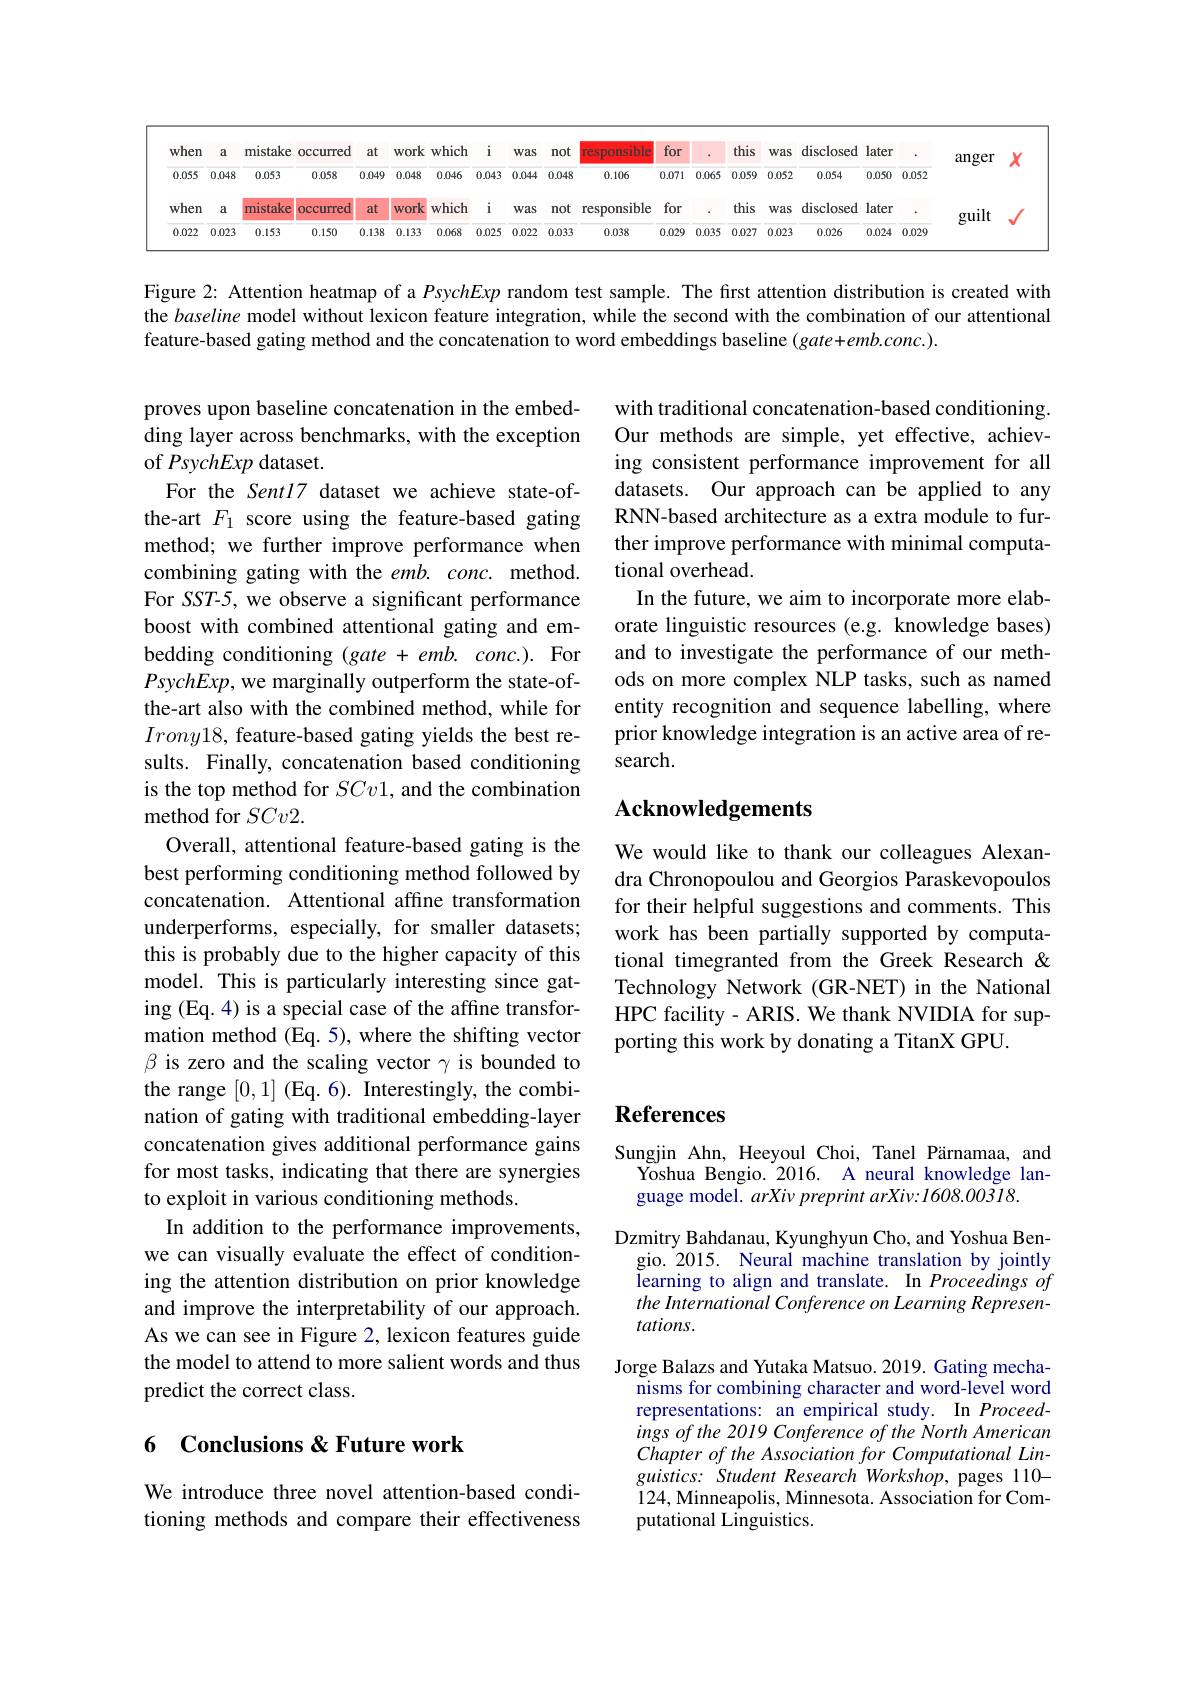
<table>
	<tbody>
		<tr>
			<th>when</th>
			<th>a</th>
			<th>mistake</th>
			<th>OCCUrred</th>
			<th>at</th>
			<th>work</th>
			<th>${:}\mathbf{h}$ i</th>
			<th>Wa</th>
			<th>ras $\Pi$</th>
			<th>responsible</th>
			<th>for</th>
			<th> </th>
			<th>ti</th>
			<th>Was</th>
			<th>disclosed</th>
			<th>later</th>
			<th> </th>
			<th>anger</th>
			<th> </th>
		</tr>
		<tr>
			<td>0.055</td>
			<td>0.048</td>
			<td>0.053</td>
			<td>0.058</td>
			<td>0.049</td>
			<td>0.048</td>
			<td>6 0.04</td>
			<td>13 0.04</td>
			<td>044 0.</td>
			<td>0.106</td>
			<td>0.071</td>
			<td>1 0.065</td>
			<td>.065 0</td>
			<td>0.052</td>
			<td>0.054 2</td>
			<td>0.050</td>
			<td>0.052</td>
			<td>V</td>
			<td> </td>
		</tr>
		<tr>
			<td>when</td>
			<td>a</td>
			<td>mistake</td>
			<td>OCCUrred</td>
			<td>at</td>
			<td>WOrk</td>
			<td>$:h$ i</td>
			<td>Wa</td>
			<td>ras п</td>
			<td>responsible</td>
			<td>for</td>
			<td> </td>
			<td>ti</td>
			<td>Was</td>
			<td>disclosed</td>
			<td>later</td>
			<td> </td>
			<td>guilt 1</td>
			<td> </td>
		</tr>
		<tr>
			<td>0.022</td>
			<td>0.023</td>
			<td>0.153</td>
			<td>0.150</td>
			<td>0.138</td>
			<td>0.133</td>
			<td>8 0.02</td>
			<td>25 0.02</td>
			<td>022 0.</td>
			<td>0.038</td>
			<td>0.029</td>
			<td>0.035 9</td>
			<td>.035 0</td>
			<td>0.023</td>
			<td>0.026</td>
			<td>0.024</td>
			<td>0.029</td>
			<td>$\textcircled{1}$ - .</td>
			<td> </td>
		</tr>
	</tbody>
</table>

Figure 2: Attention heatmap of a PsychExp random test sample. The first attention distribution is created with the baseline model without lexicon feature integration, while the second with the combination of our attentional feature-based gating method and the concatenation to word embeddings baseline $(gate+emb.conc.).$

with traditional concatenation-based conditioning. Our methods are simple, yet effective, achieving consistent performance improvement for all datasets. Our approach can be applied to any RNN-based architecture as a extra module to further improve performance with minimal computational overhead.
In the future, we aim to incorporate more elaborate linguistic resources (e.g. knowledge bases) and to investigate the performance of our methods on more complex NLP tasks, such as named entity recognition and sequence labelling, where prior knowledge integration is an active area of research.

## Acknowledgements

proves upon baseline concatenation in the embedding layer across benchmarks, with the exception of PsychExp dataset.
For the Sentl7 dataset we achieve state-ofthe-art $F_1$ score using the feature-based gating method; we further improve performance when combining gating with the $emb.conc.$ method. For SST-5, we observe a significant performance boost with combined attentional gating and embedding conditioning (gate + emb. conc.). For PsychExp, we marginally outperform the state-ofthe-art also with the combined method, while for $Irony18$, feature-based gating yields the best results. Finally, concatenation based conditioning is the top method for $SCv1$, and the combination method for $SCv2.$
Overall, attentional feature-based gating is the best performing conditioning method followed by concatenation. Attentional affine transformation underperforms, especially, for smaller datasets; this is probably due to the higher capacity of this model. This is particularly interesting since gating (Eq. 4) is a special case of the affine transformation method (Eq. 5), where the shifting vector $\beta$ is zero and the scaling vector $\gamma$ is bounded to the range [0,1] (Eq. 6). Interestingly, the combination of gating with traditional embedding-layer concatenation gives additional performance gains for most tasks, indicating that there are synergies to exploit in various conditioning methods.
In addition to the performance improvements, we can visually evaluate the effect of conditioning the attention distribution on prior knowledge and improve the interpretability of our approach. As we can see in Figure 2, lexicon features guide the model to attend to more salient words and thus predict the correct class.

We would like to thank our colleagues Alexandra Chronopoulou and Georgios Paraskevopoulos for their helpful suggestions and comments. This work has been partially supported by computational timegranted from the Greek Research & Technology Network (GR-NET) in the National HPC facility - ARIS. We thank NVIDIA for supporting this work by donating a TitanX GPU.

## References

Sungjin Ahn, Heeyoul Choi, Tanel Pärnamaa, and
Yoshua Bengio.2016. A neural knowledge lan-
guage model. arXiv preprint arXiv:1608.00318.
Dzmitry Bahdanau, Kyunghyun Cho, and Yoshua Bengio.2015. Neural machine translation by jointly learning to align and translate. In Proceedings of the International Conference on Learning Representations.
Jorge Balazs and Yutaka Matsuo. 2019. Gating mechanisms for combining character and word-level word representations: an empirical study. In Proceed- $ingsofthe2019ConferenceoftheNorthAmerican$ $ChapteroftheAssociationforComputationalLin-$ $guistics:StudentResearchWorkshop$, pages 110- 124,Minneapolis, Minnesota. Association for Computational Linguistics.

## 6 Conclusions & Future work

We introduce three novel attention-based conditioning methods and compare their effectiveness